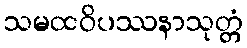
သမထဝိပဿနာသုတ္တံ